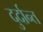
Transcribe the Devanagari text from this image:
दु्र्दान्त